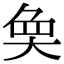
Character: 𭑏